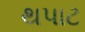
થપાટ